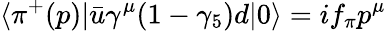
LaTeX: \langle\pi^{+}(p)|\bar{u}\gamma^{\mu}(1-\gamma_{5})d|0\rangle=if_{\pi}p^{\mu}